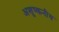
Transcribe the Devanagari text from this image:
अशुष्कनीय